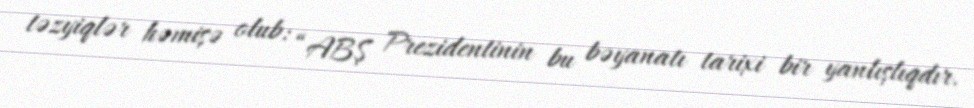
təzyiqlər həmişə olub: “ABŞ Prezidentinin bu bəyanatı tarixi bir yanlışlıqdır.